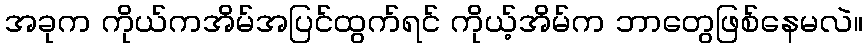
အခုက ကိုယ်ကအိမ်အပြင်ထွက်ရင် ကိုယ့်အိမ်က ဘာတွေဖြစ်နေမလဲ။